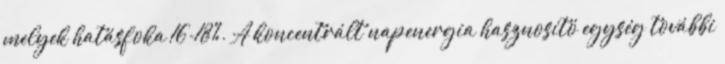
melyek hatásfoka 16-18%. A koncentrált napenergia hasznosító egység további